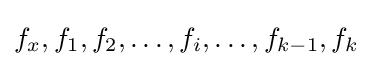
f_{x},f_{1},f_{2},\ldots ,f_{i},\ldots ,f_{k-1},f_{k}